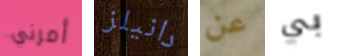
أمرني دانيلز عن بي